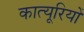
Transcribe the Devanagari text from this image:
कात्यूरियों